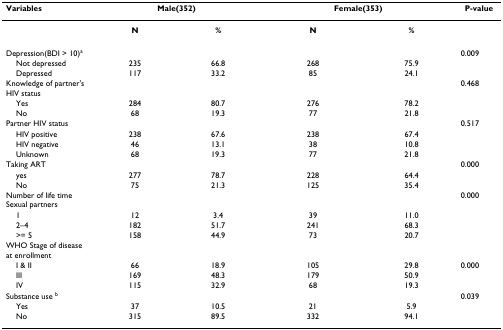
| Variables | <COLSPAN=2> Male(352) | <COLSPAN=2> Female(353) | P-value |
 | --- | --- | --- | --- | --- | --- |
 |  | N | % | N | % |  |
 | Depression(BDI > 10)a |  |  |  |  | 0.009 |
 | Not depressed | 235 | 66.8 | 268 | 75.9 |  |
 | Depressed | 117 | 33.2 | 85 | 24.1 |  |
 | Knowledge of partner's HIV status |  |  |  |  | 0.468 |
 | Yes | 284 | 80.7 | 276 | 78.2 |  |
 | No | 68 | 19.3 | 77 | 21.8 |  |
 | Partner HIV status |  |  |  |  | 0.517 |
 | HIV positive | 238 | 67.6 | 238 | 67.4 |  |
 | HIV negative | 46 | 13.1 | 38 | 10.8 |  |
 | Unknown | 68 | 19.3 | 77 | 21.8 |  |
 | Taking ART |  |  |  |  | 0.000 |
 | yes | 277 | 78.7 | 228 | 64.4 |  |
 | No | 75 | 21.3 | 125 | 35.4 |  |
 | Number of life time Sexual partners |  |  |  |  | 0.000 |
 | 1 | 12 | 3.4 | 39 | 11.0 |  |
 | 2–4 | 182 | 51.7 | 241 | 68.3 |  |
 | >= 5 | 158 | 44.9 | 73 | 20.7 |  |
 | WHO Stage of disease at enrollment |  |  |  |  |  |
 | I & II | 66 | 18.9 | 105 | 29.8 | 0.000 |
 | III | 169 | 48.3 | 179 | 50.9 |  |
 | IV | 115 | 32.9 | 68 | 19.3 |  |
 | Substance use b |  |  |  |  | 0.039 |
 | Yes | 37 | 10.5 | 21 | 5.9 |  |
 | No | 315 | 89.5 | 332 | 94.1 |  |